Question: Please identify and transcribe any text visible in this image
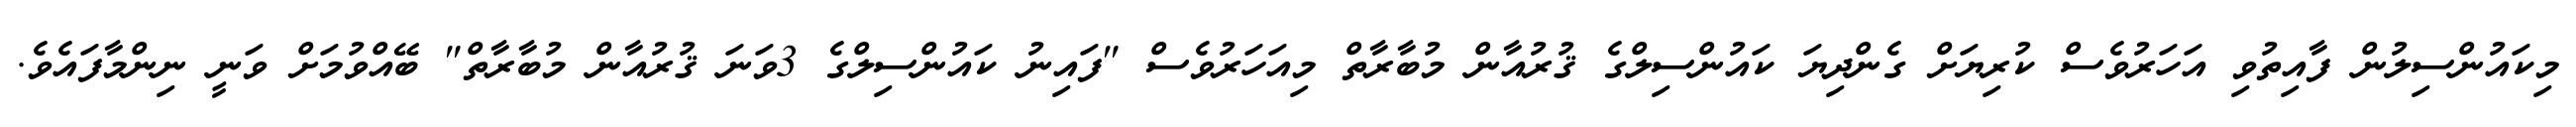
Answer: މިކައުންސިލުން ފާއިތުވި އަހަރުވެސް ކުރިޔަށް ގެންދިޔަ ކައުންސިލްގެ ޤުރުއާން މުބާރާތް މިއަހަރުވެސް "ފައިނު ކައުންސިލްގެ 3ވަނަ ޤުރުއާން މުބާރާތް" ބޭއްވުމަށް ވަނީ ނިންމާފައެވެ.